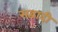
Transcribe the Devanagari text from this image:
सद्वादी